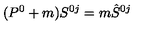
( P ^ { 0 } + m ) S ^ { 0 j } = m \hat { S } ^ { 0 j }